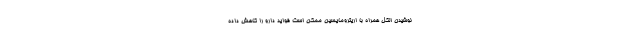
نوشیدن الکل همراه با اریترومایسین ممکن است فواید دارو را کاهش داده